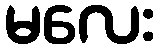
မလေး